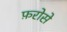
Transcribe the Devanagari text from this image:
फ़रोसे